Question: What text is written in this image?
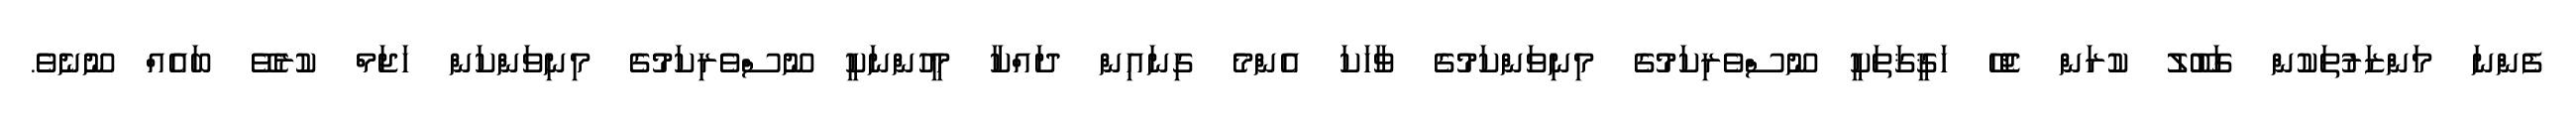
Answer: ފެންނަ މަންޒަރުތަކުން ގަބޫލު ކުރަން ޖެހޭ ހަޤީޤަތަކީ ނޫސްވެރިކަމުގެ މިނިވަންކަމުގެ ވާހަކަ އެންމެ ގިނައިން ދައްކާ މީހުންނަކީ ނޫސްވެރިކަމުގެ މިނިވަންކަން ހަޖަމް ކުރެވޭ ބައެއް ނޫނެވެ.